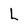
Character: L